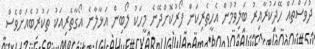
ދުވަސްތައް ހޭދަކުރާއިރު ބަލިވުމުން އެހީތެރިކަން ފޯރުކޮށްދޭނެ މީހަކު ލޯބިން އަޅާލާނެ އޯގާތެރިއަކު ތަކުރުބެއަށްވެސް